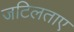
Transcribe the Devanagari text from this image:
जटिलताए